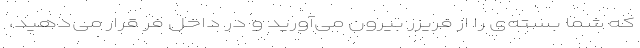
که شما بسته‌ی را از فریزر بیرون می‌آورید و در داخل فر قرار می‌دهید،